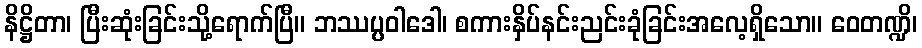
နိဋ္ဌိတာ၊ ပြီးဆုံးခြင်းသို့ရောက်ပြီ။ ဘဿပ္ပဝါဒေါ၊ စကားနှိပ်နင်းညင်းခုံခြင်းအလေ့ရှိသော။ ဝေတဏ္ဍိ၊